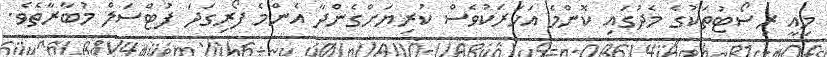
މިއީ ރިސޯޓުތަކުގެ މެދުގައި ކޮންމެ އަހަރަކުވެސް ކުރިޔަށްގެންދާ އެންމެ ފޯރިގަދަ ފުޓްސަލް މުބާރާތެވެ.